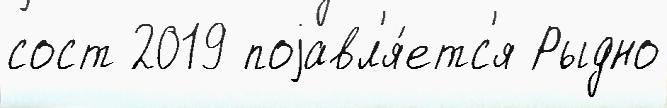
сост 2019 поjавл'я́етс'я Рыдно